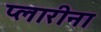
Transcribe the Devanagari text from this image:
प्लारीना